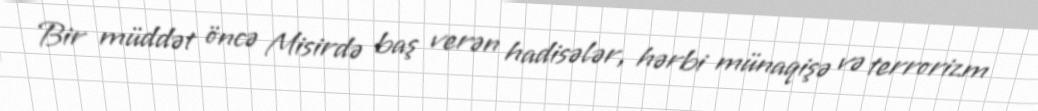
Bir müddət öncə Misirdə baş verən hadisələr, hərbi münaqişə və terrorizm